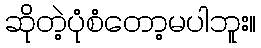
ဆိုတဲ့ပုံစံတော့မပါဘူး။